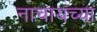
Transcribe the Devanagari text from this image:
नाचायच्या